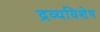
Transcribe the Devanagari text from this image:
द्रव्यविशेष